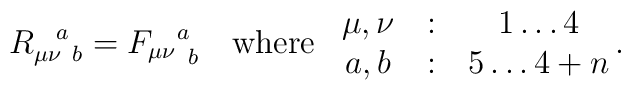
R_{\mu \nu \ b}^{\ \ a}={F_{\mu\nu}}^a_{\ b}\ \ \ {\rm{where}}\ \ \matrix{\mu,\nu&:&1 \ldots 4 \cr                        a, b&:& 5 \ldots 4+n \cr} .